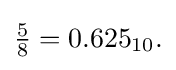
{\textstyle {\frac {5}{8}}=0.625_{10}.}